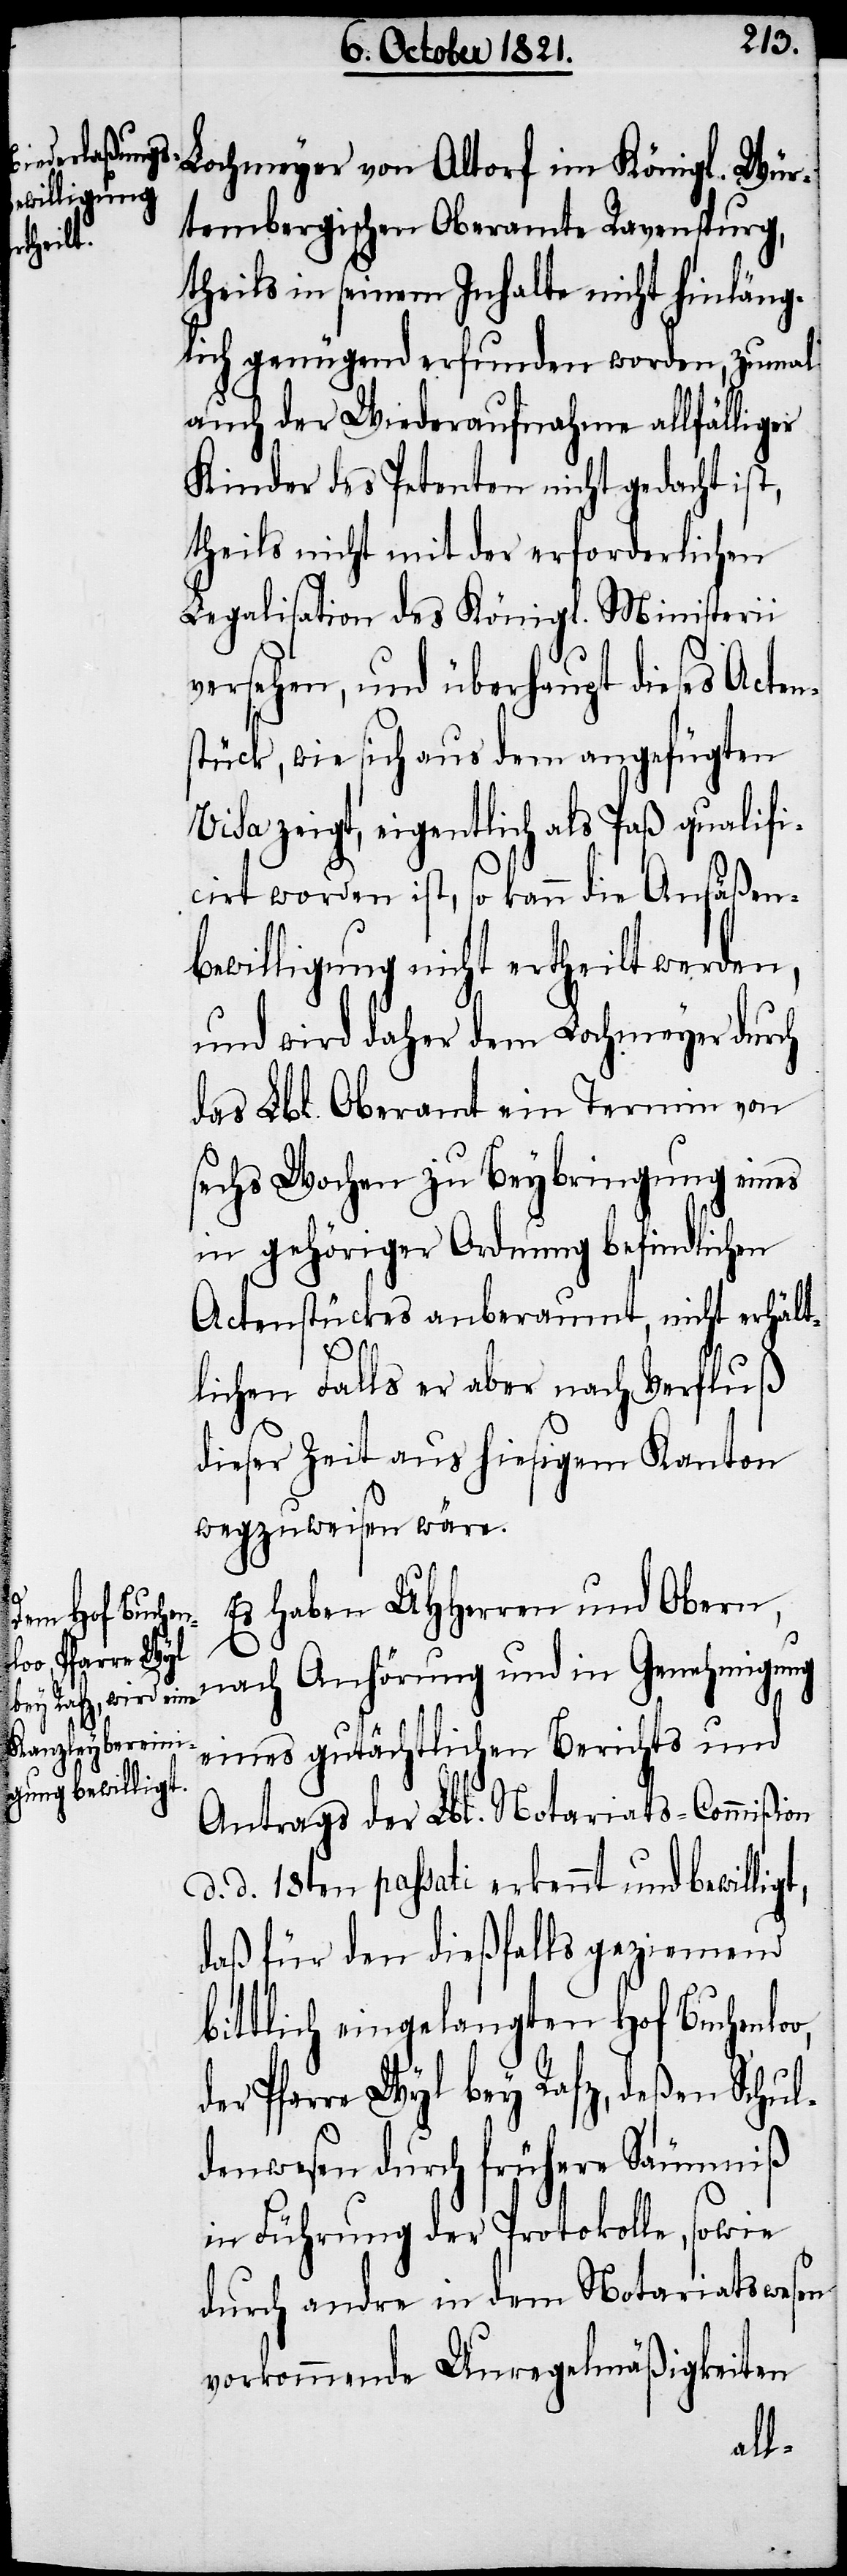
Lochmeyer von Altorf im Königl. Wür¬
tembergischen Oberamt Ravenspurg,
theils in seinem Inhalte nicht hinläng¬
lich genügend erfunden worden, zumal
auch der Wiederaufnahme allfälliger
Kinder des Petenten nicht gedacht ist,
theils nicht mit der erforderlichen
Legalisation des Königl. Ministerii
versehen, und überhaupt dieses Acten¬
stück, wie sich aus dem angefügten
Visa zeigt, eigentlich als Paß qualifi¬
cirt worden ist, so kann die Ansäßen¬
bewilligung nicht ertheilt werden,
und wird daher dem Lochmeyer durch
das Lbl. Oberamt ein Termin von
sechs Wochen zu Beybringung eines
in gehöriger Ordnung befindlichen
Actenstücks anberaumt, nicht erhält¬
lichen Falls er aber nach Verfluß
dieser Zeit aus hiesigem Kanton
wegzuweisen wäre.